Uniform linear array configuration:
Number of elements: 64
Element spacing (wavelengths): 0.5
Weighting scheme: exponential
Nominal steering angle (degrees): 60
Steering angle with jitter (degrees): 58.711
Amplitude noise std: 0.05
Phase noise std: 0.05

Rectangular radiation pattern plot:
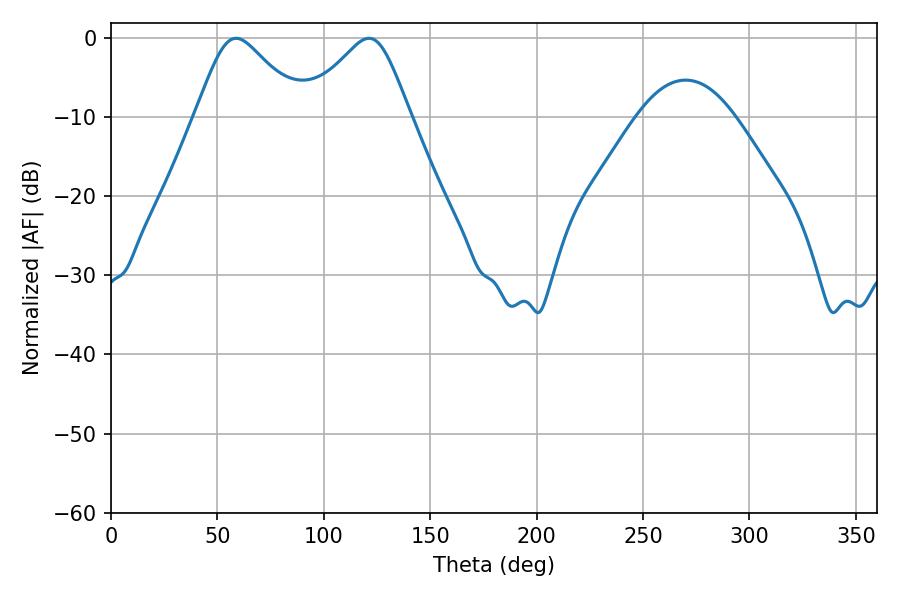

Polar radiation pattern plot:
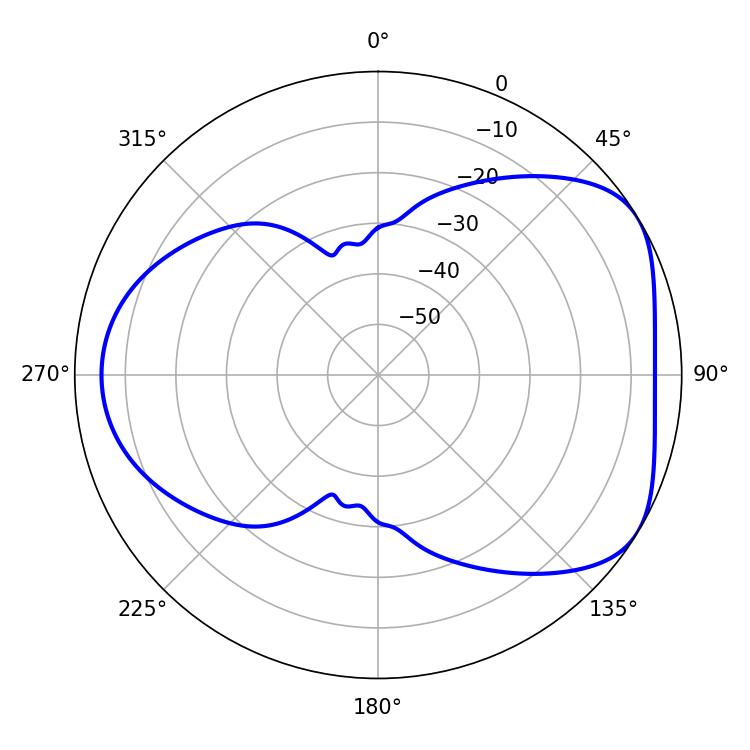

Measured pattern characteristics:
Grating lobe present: FALSE
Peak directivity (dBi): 4.816
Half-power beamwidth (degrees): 24.12
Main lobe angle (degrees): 58.86